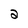
Character: 2